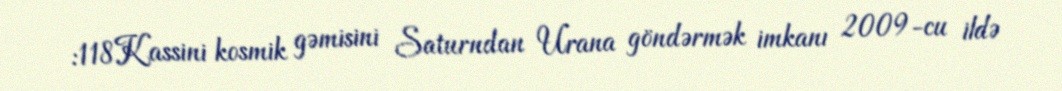
:118Kassini kosmik gəmisini Saturndan Urana göndərmək imkanı 2009-cu ildə